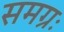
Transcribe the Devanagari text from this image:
समग्रः